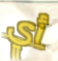
أي